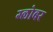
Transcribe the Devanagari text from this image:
ग्लोबर